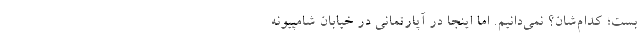
بست؛ کدام‌شان؟ نمی‌دانیم. اما اینجا در آپارتمانی در خیابان شامپیونه